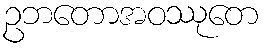
ဥဘတောအဝဿုတေ